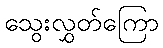
သွေးလွှတ်ကြော